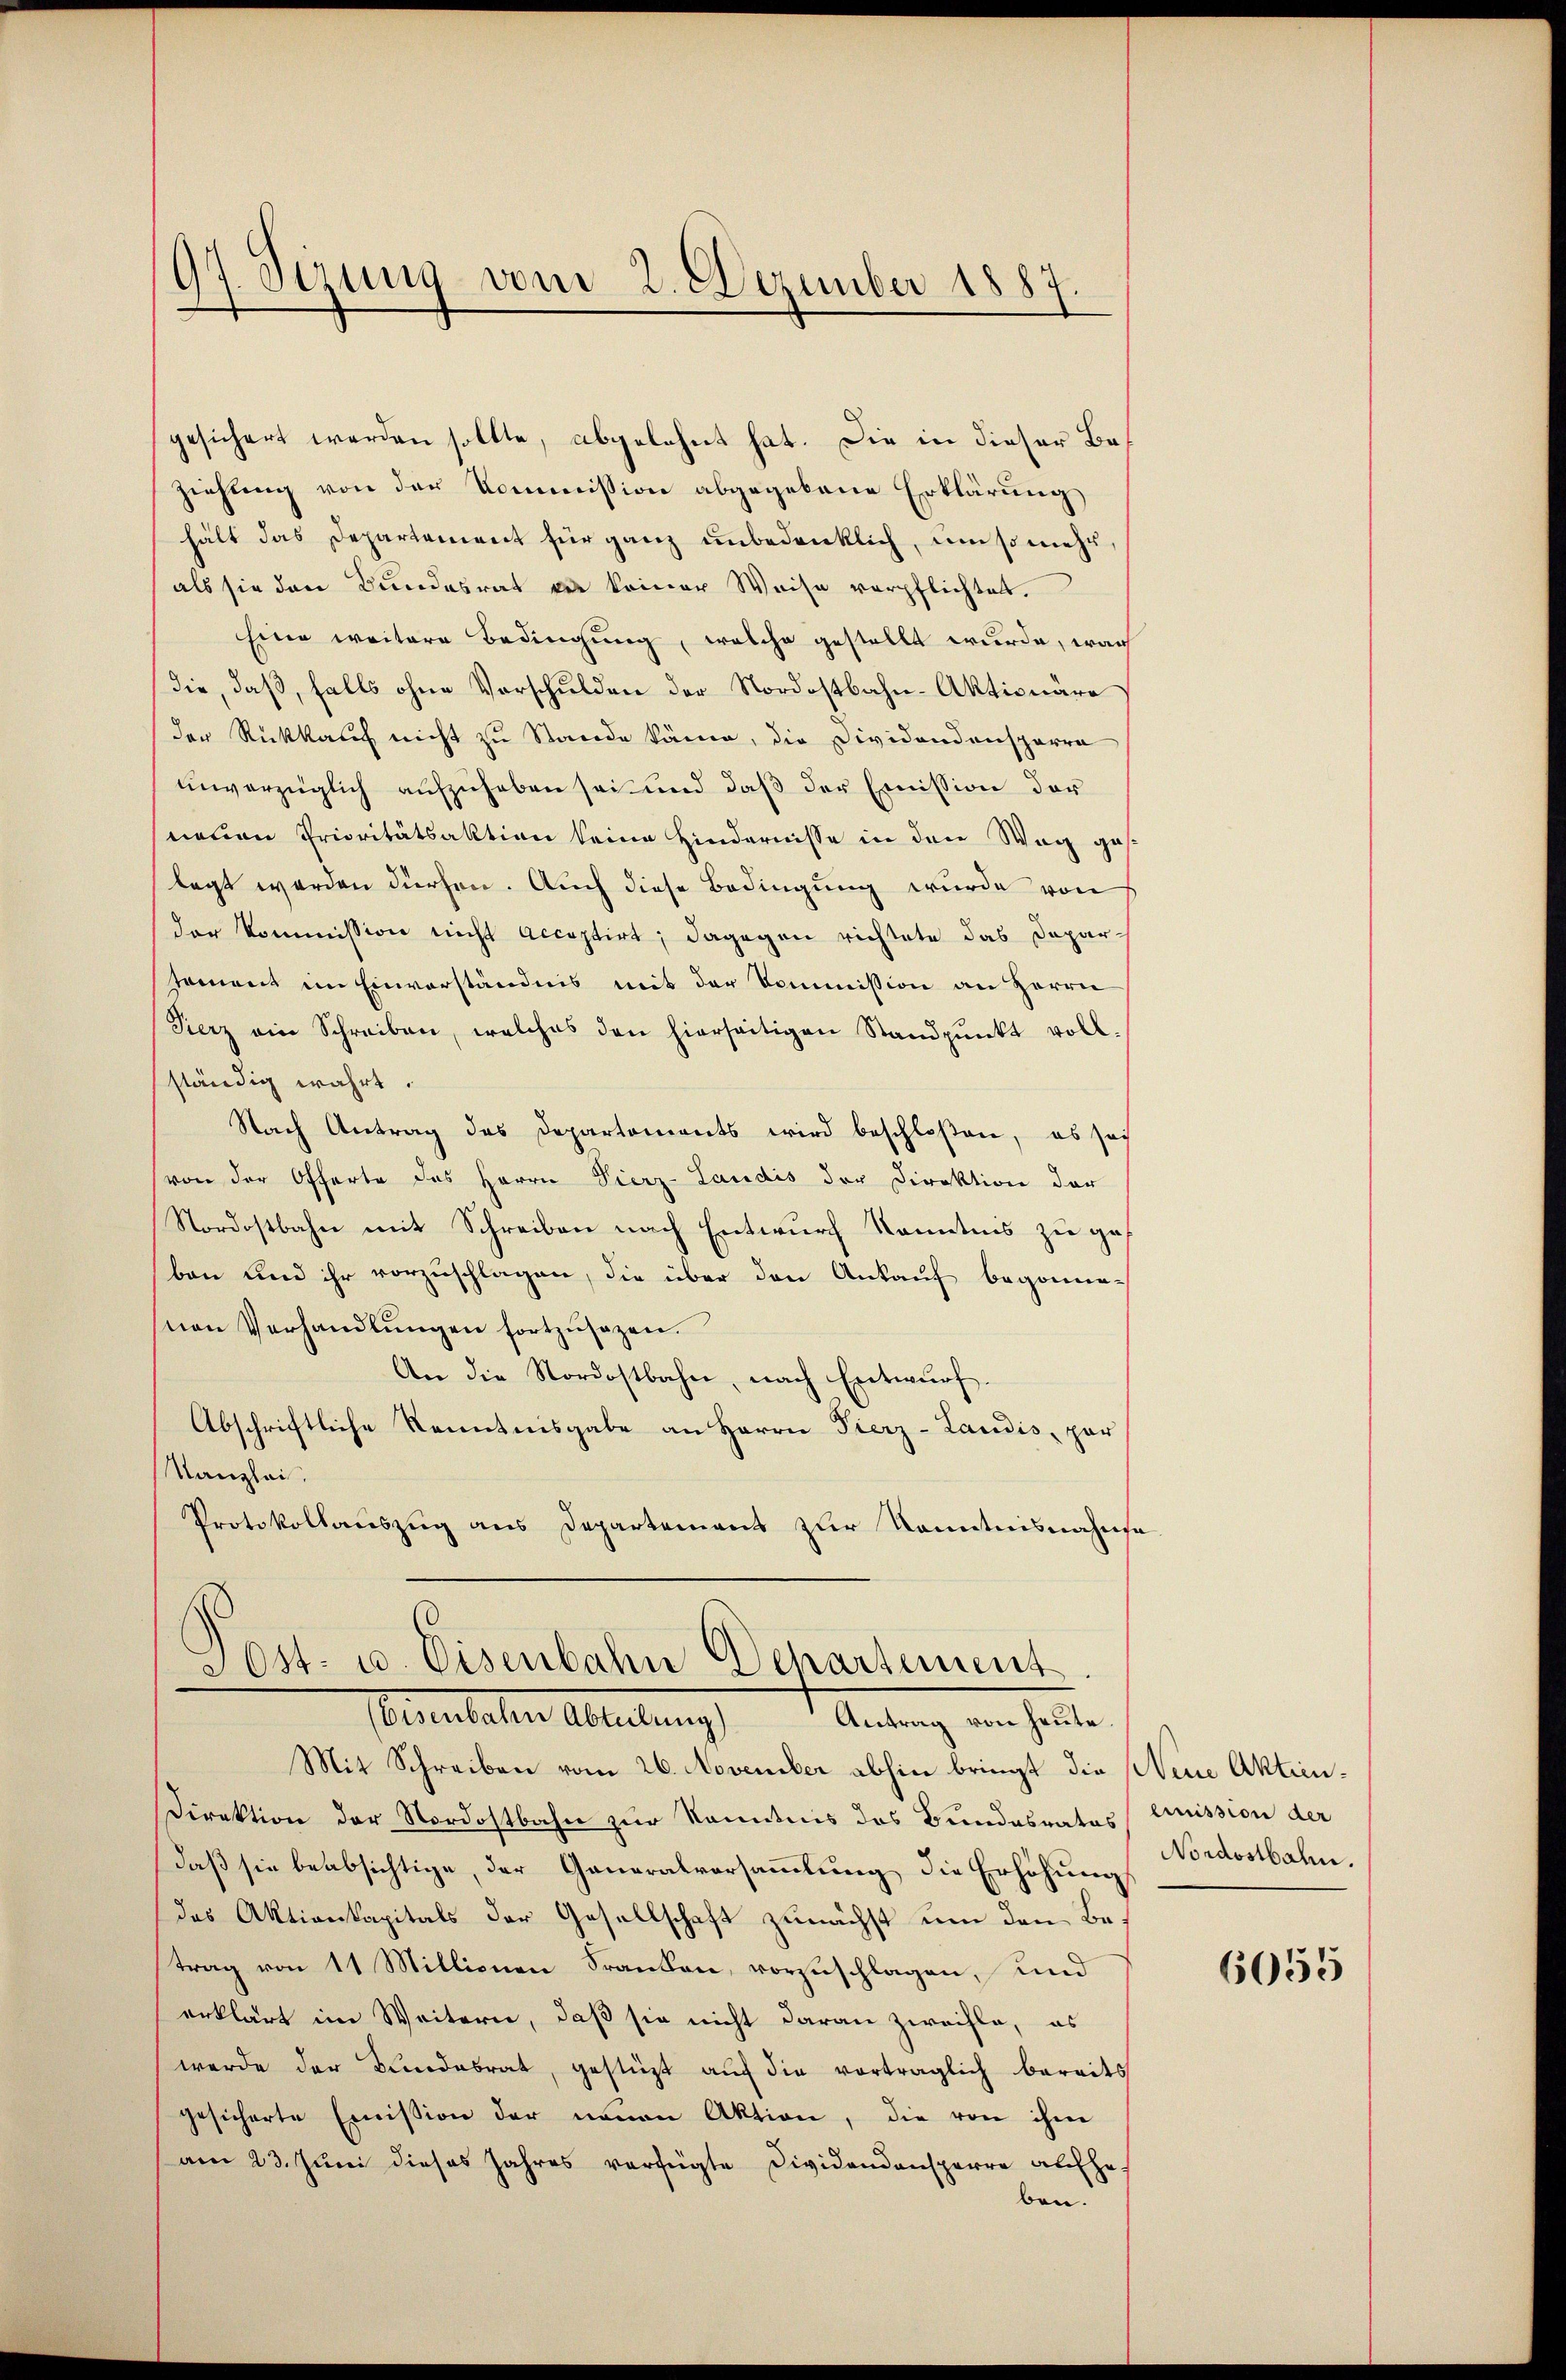
97. Sizung vom 2. Dezember 1887.

gesichert werden sollte, abgelehnt hat. Die in dieser Beziehung von der Kommission abgegebene Erklärung
hält das Departement für ganz unbedenklich, um so mehr,
als sie den Bundesrat zu keiner Weise verpflichtet.
Eine weitere Bedingung, welche gestellt wurde, war
die, daß, falls ohne Vorschulden der Nordostbahn-Aktionäre
der Rückkauf nicht zu Stande käme, die Dividandensparre
unverzüglich aufzuheben sei und daß der Emission der
neuen Prioritätsaktion keine Hindernisse in der Weg geslegt werden dürfen. Auch diese Bedingung wurde von
der Kommission nicht acceptirt; dagegen richtete das Deparsoment im Einverständnis mit der Kommission an Herrn
Fierz ein Schreiben, welches den hierseitigen Standpŭnkt voll
ständig wahrt.
Nach Antrag des Departements wird beschloßen, es soi
von der Offerte des Herrn Vierz-Laudis der Direktion der
Nordostbahn mit Schreiben nach Entwurf Kenntnis zu geben und ihr vorzuschlagen, die über den Ankauf begonnen
nen Verhandlŭngen fortzŭsezen.
An die Nordostbahn, nach Entwurf.
Abschriftliche Kenntnisgabe an Herrn Fierz-Landis, par
Kanzlei.
Protokollauszug aus Departement zur Kenntnisnahmsa

SOst- u. Eisenbahn Departement
Petentalen Abteilung
Antrag von heute.

Mit Schreiben vom 26. November abhin bringt die Neue Aktien¬
Direktion der Nordostbahn zur Kenntnis das Bundesrates
daß sie beabsichtige, der Generalversammlung die Erhöhungs
des Aktienkapitals der Gesellschaft zunächst um den Betrag von 11 Millionen Franken, vorzuschlagen, und
erklärt im Weitern, daß sie nicht daran zweifle, es
werde der Kundesrat, gestüzt auf die vorträglich bereits
gesicherte Emission der neuen Aktion, die von ihm
am 23. Juni dieses Jahres verfügte Dividandonsperre aufge-
ben.

emmission der
Nordostbahn.

6055